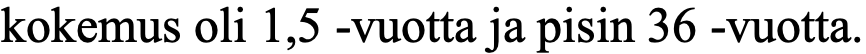
kokemus oli 1,5 -vuotta ja pisin 36 -vuotta.